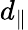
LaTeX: d_{\parallel}